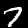
Label: 7